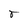
Character: r